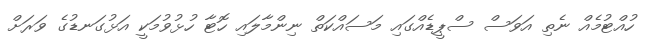
ހުއްޓުމެއް ނެތި އަވަސް ސްޕީޑެއްގައި މަސައްކަތް ނިންމާލައި ހޮޓާ ހުޅުވުމަކީ އަޅުގަނޑުގެ ވަރަށް